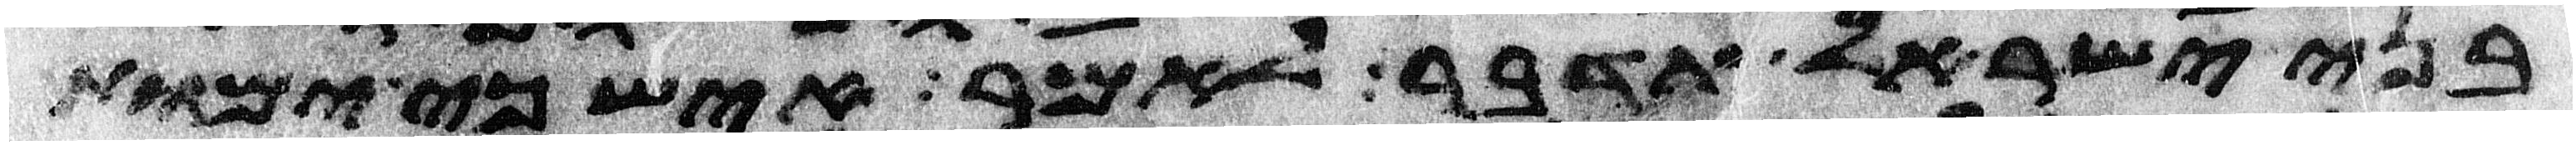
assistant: בני ישראל תדבר לאמר איש כי ימות